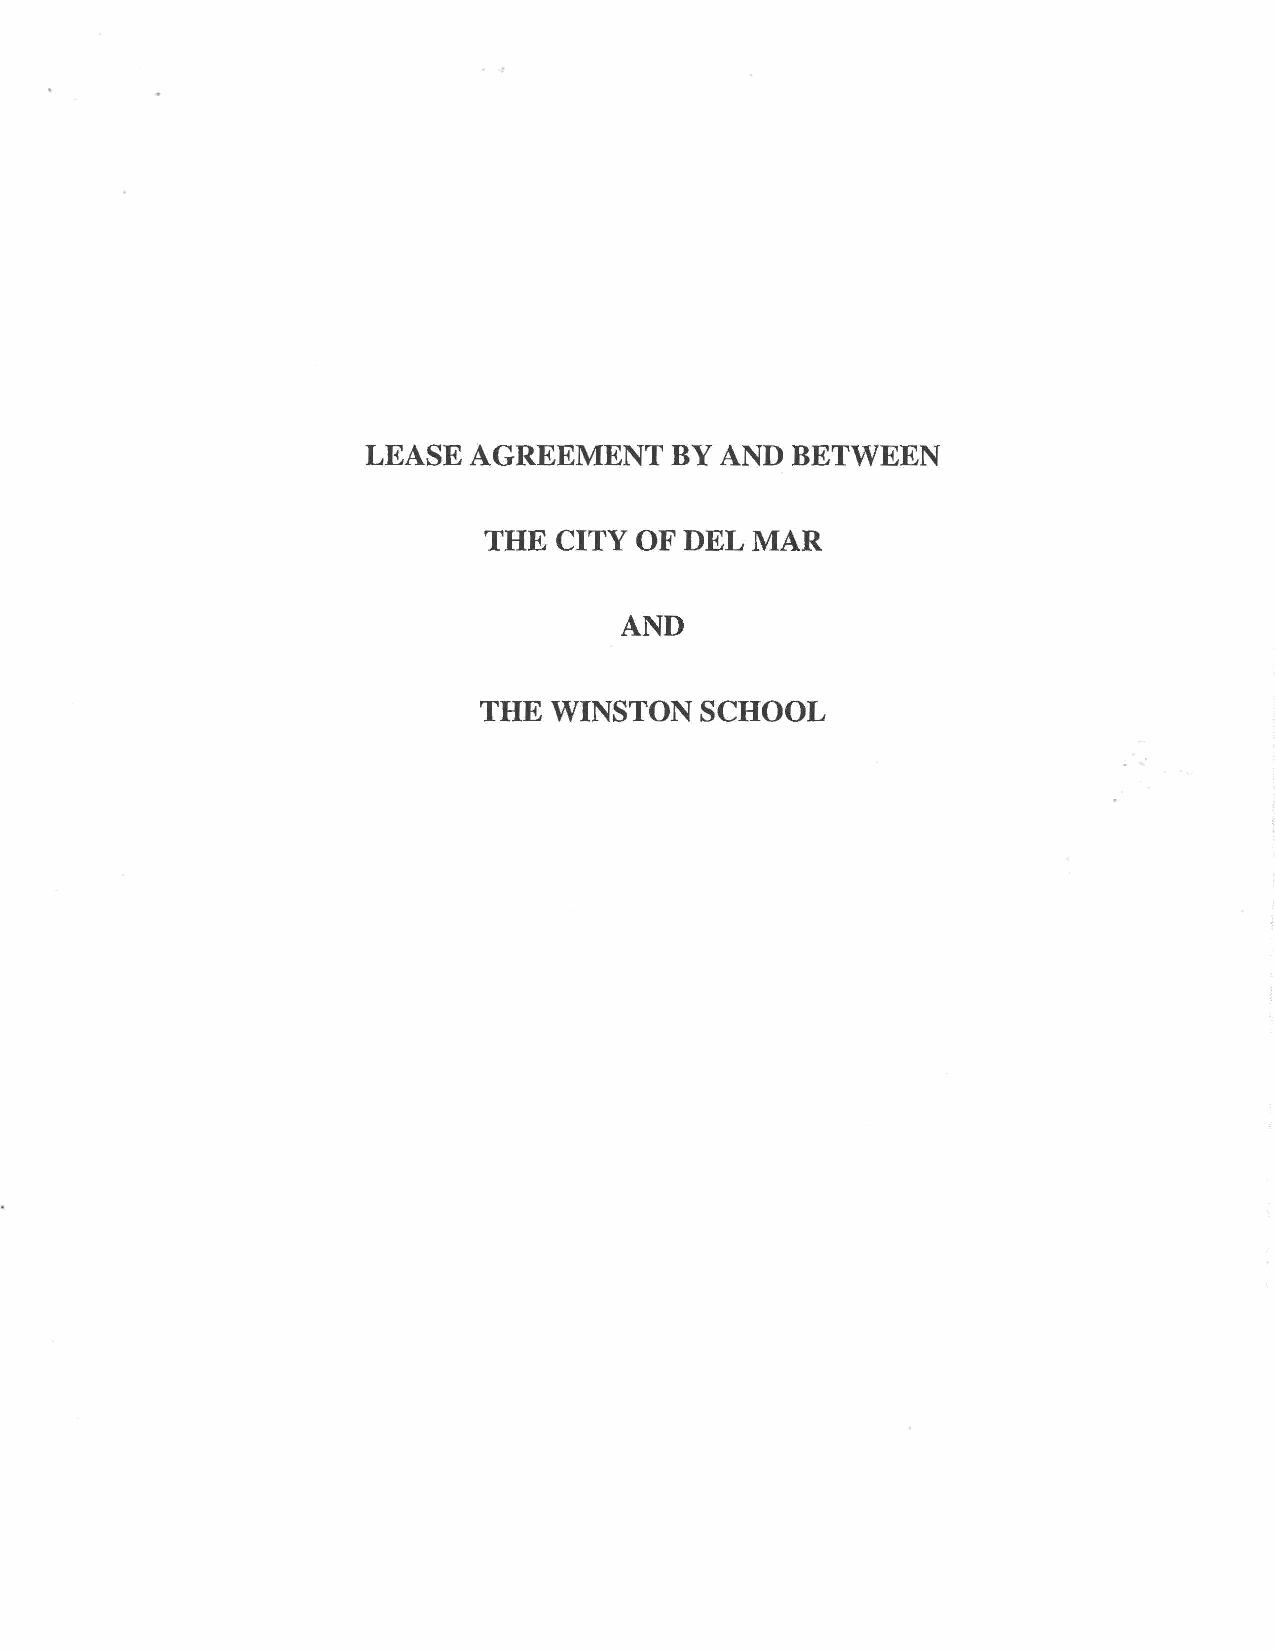
LEASE  AGREEMENT    BY  AND BETWEEN
 THE  CITY OF DEL  MAR
 AND
 THE  WINSTON  SCHOOL